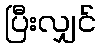
ပြီးလျှင်